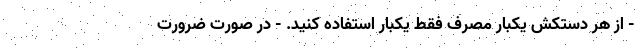
- از هر دستکش یکبار مصرف فقط یکبار استفاده کنید. - در صورت ضرورت